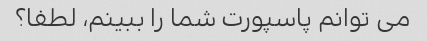
می توانم پاسپورت شما را ببینم، لطفا؟